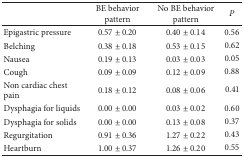
|  | BE behavior pattern | No BE behavior pattern | P |
 | --- | --- | --- | --- |
 | Epigastric pressure | 0.57 ± 0.20 | 0.40 ± 0.14 | 0.56 |
 | Belching | 0.38 ± 0.18 | 0.53 ± 0.15 | 0.62 |
 | Nausea | 0.19 ± 0.13 | 0.03 ± 0.03 | 0.05 |
 | Cough | 0.09 ± 0.09 | 0.12 ± 0.09 | 0.88 |
 | Non cardiac chest pain | 0.18 ± 0.12 | 0.08 ± 0.06 | 0.41 |
 | Dysphagia for liquids | 0.00 ± 0.00 | 0.03 ± 0.02 | 0.60 |
 | Dysphagia for solids | 0.00 ± 0.00 | 0.13 ± 0.08 | 0.37 |
 | Regurgitation | 0.91 ± 0.36 | 1.27 ± 0.22 | 0.43 |
 | Heartburn | 1.00 ± 0.37 | 1.26 ± 0.20 | 0.55 |